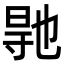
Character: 𭔳